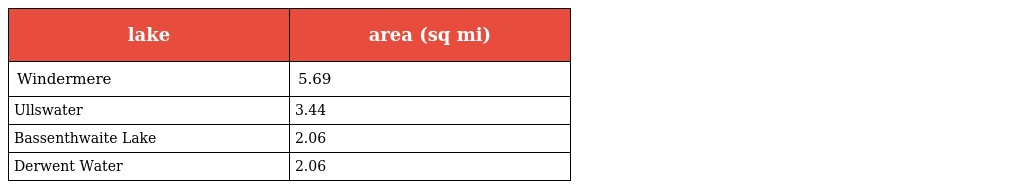
| lake | area (sq mi) |
 | --- | --- |
 | Windermere | 5.69 |
 | Ullswater | 3.44 |
 | Bassenthwaite Lake | 2.06 |
 | Derwent Water | 2.06 |